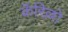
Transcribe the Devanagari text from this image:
कॅरिल्लो